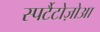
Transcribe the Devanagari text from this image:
स्पर्टैटोज़ोआ